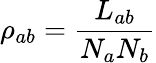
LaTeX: \rho_{ab}=\frac{L_{ab}}{N_{a}N_{b}}